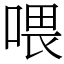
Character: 喂